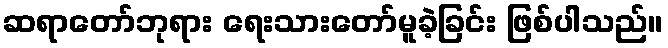
ဆရာတော်ဘုရား ရေးသားတော်မူခဲ့ခြင်း ဖြစ်ပါသည်။